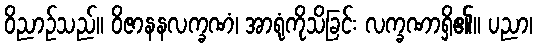
ဝိညာဉ်သည်။ ဝိဇာနနလက္ခဏံ၊ အာရုံကိုသိခြင်း လက္ခဏာရှိ၏။ ပညာ၊